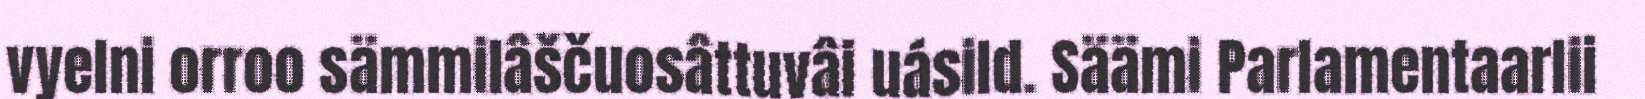
vyelni orroo sämmilâščuosâttuvâi uásild. Säämi Parlamentaarlii